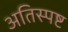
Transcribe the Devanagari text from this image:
अतिस्पष्ट